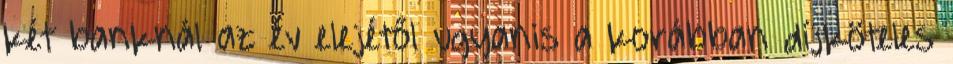
két banknál az év elejétől ugyanis a korábban díjköteles